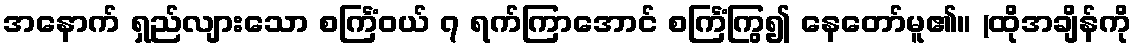
အနောက် ရှည်လျားသော စင်္ကြံဝယ် ၇ ရက်ကြာအောင် စင်္ကြံကြွ၍ နေတော်မူ၏။ (ထိုအချိန်ကို